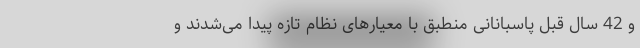
و 42 سال قبل پاسبانانی منطبق با معیارهای نظام تازه پیدا می‌شدند و